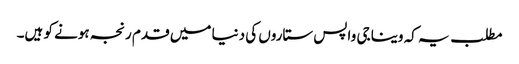
مطلب یہ کہ وینا جی واپس ستاروں کی دنیا میں قدم رنجہ ہونے کو ہیں۔